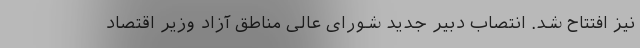
نیز افتتاح شد. انتصاب دبیر جدید شورای عالی مناطق آزاد وزیر اقتصاد